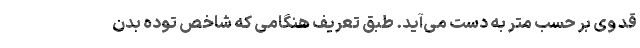
قد وی بر حسب متر به دست می‌آید. طبق تعریف هنگامی که شاخص توده بدن